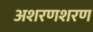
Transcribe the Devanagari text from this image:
अशरणशरण